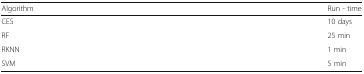
<table><thead><tr><td><b>Algorithm</b></td><td><b>Run - time</b></td></tr></thead><tbody><tr><td>CES</td><td>10 days</td></tr><tr><td>RF</td><td>25 min</td></tr><tr><td>RKNN</td><td>1 min</td></tr><tr><td>SVM</td><td>5 min</td></tr></tbody></table>